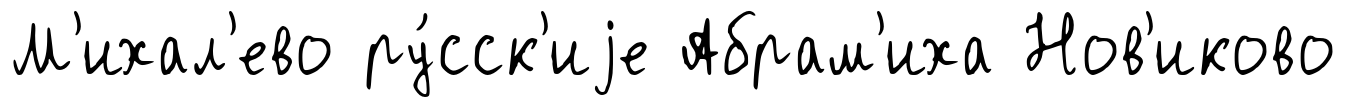
М'ихал'ево ру́сск'иjе Абрам'иха Нов'иково